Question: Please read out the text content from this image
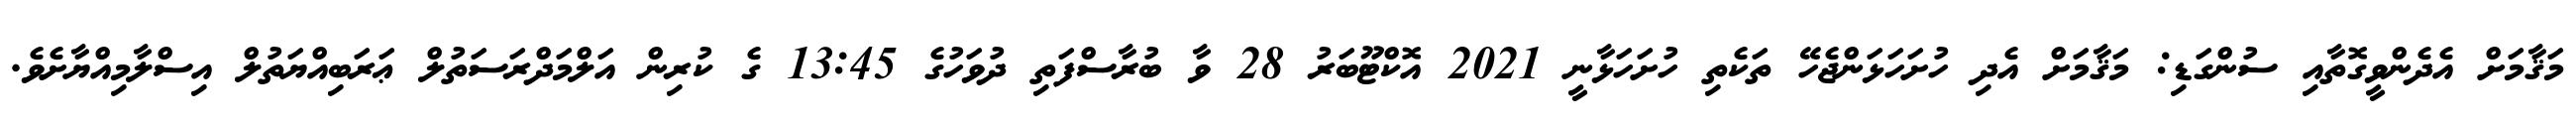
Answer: މަޤާމަށް އެދެންވީގޮތާއި ސުންގަޑި: މަޤާމަށް އެދި ހުށަހަޅަންޖެހޭ ތަކެތި ހުށަހަޅާނީ 2021 އޮކްޓޫބަރު 28 ވާ ބުރާސްފަތި ދުވަހުގެ 13:45 ގެ ކުރިން އަލްމަދްރަސަތުލް ޢަރަބިއްޔަތުލް އިސްލާމިއްޔާށެވެ.